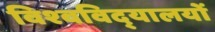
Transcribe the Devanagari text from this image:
विश्‍वविद्‌यालयों